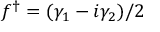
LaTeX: f ^ { \dagger } = ( \gamma _ { 1 } - i \gamma _ { 2 } ) / 2